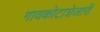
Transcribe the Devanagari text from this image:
गावकोटाशेजारी